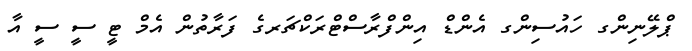
ޕްލޭނިންގ ހައުސިންގ އެންޑް އިންފްރާސްޓްރަކްޗަރގެ ފަރާތުން އެމް ޓީ ސީ ސީ އާ